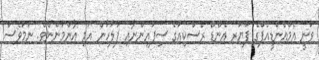
ވަނީ އެމްއެންޑީއެފްގެ ފަޔަރ އެންޑް ރެސްކިއުގެ ސިފައިންނާއި ފުލުހުން އަދި އާންމުންނެވެ. ނަމަވެސް